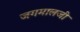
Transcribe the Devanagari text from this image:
जगमालजी